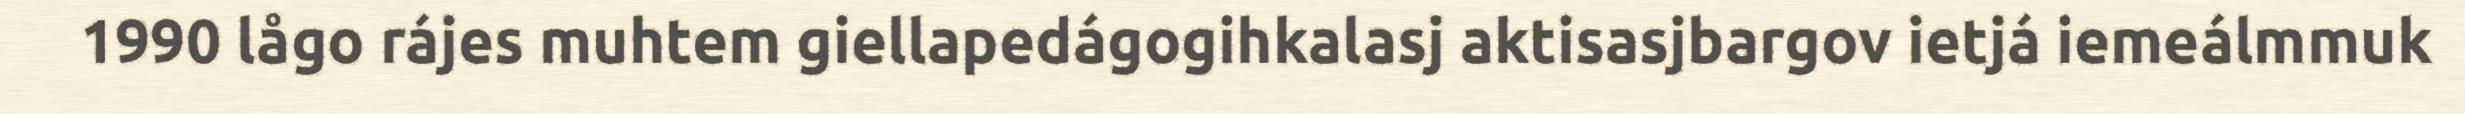
1990 lågo rájes muhtem giellapedágogihkalasj aktisasjbargov ietjá iemeálmmuk